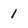
Character: 1